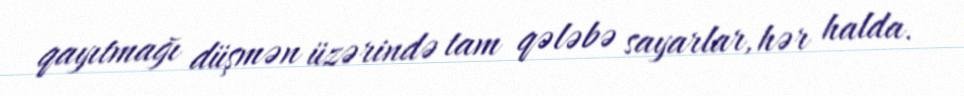
qayıtmağı düşmən üzərində tam qələbə sayarlar, hər halda.